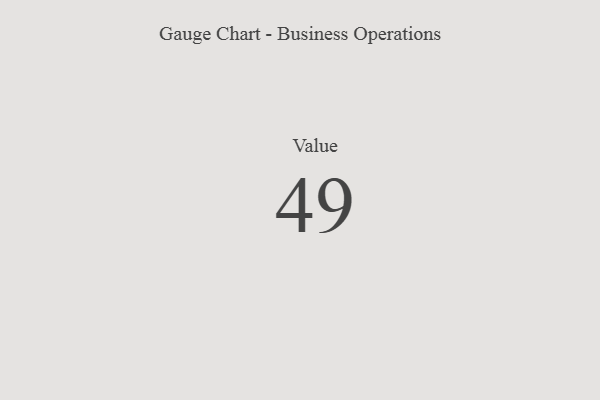
{"axis": {"x": "Metric", "y": "Value"}, "legend": [""], "data": [{"x": "Value", "y": 49, "type": ""}]}